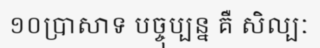
១០ប្រាសាទ បច្ចុប្បន្ន គឺ សិល្បៈ